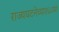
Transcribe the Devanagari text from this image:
राज्यघटनेच्या१६८व्या